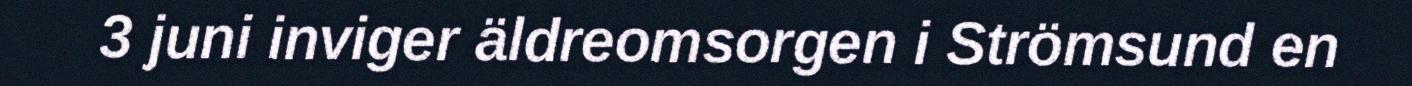
3 juni inviger äldreomsorgen i Strömsund en